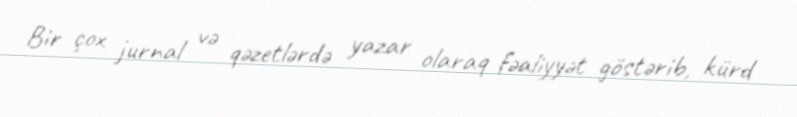
Bir çox jurnal və qəzetlərdə yazar olaraq fəaliyyət göstərib, kürd